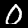
Digit: 0